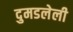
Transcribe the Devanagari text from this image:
दुमडलेली